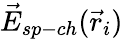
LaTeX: \vec{E}_{sp-ch}(\vec{r}_{i})